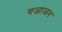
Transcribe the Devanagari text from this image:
गजाजन